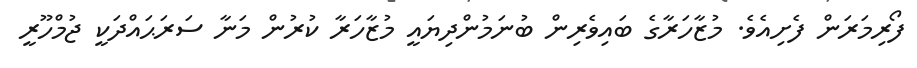
ފޯރިމަރަން ފެށިއެވެ. މުޒާހަރާގެ ބައިވެރިން ބުނަމުންދިޔައީ މުޒާހަރާ ކުރުން މަނާ ސަރަޙައްދަކީ ޖުމްހޫރީ